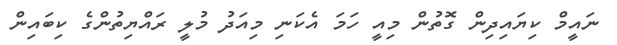
ނައީމް ކިޔައިދިން ގޮތުން މިއީ ހަމަ އެކަނި މިއަދު މުލީ ރައްޔިތުންގެ ކިބައިން